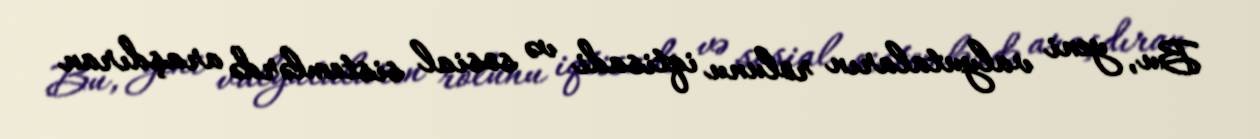
Bu, yeni valyutaların rolunu iqtisadi və sosial sistemlərdə araşdıran